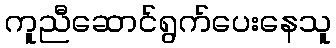
ကူညီဆောင်ရွက်ပေးနေသူ